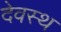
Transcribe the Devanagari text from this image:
देवस्थ